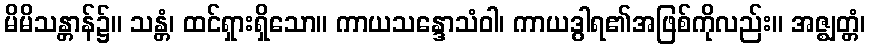
မိမိသန္တာန်၌။ သန္တံ၊ ထင်ရှားရှိသော။ ကာယသန္ဒောသံဝါ၊ ကာယဒွါရ၏အဖြစ်ကိုလည်း။ အဇ္ဈတ္တံ၊